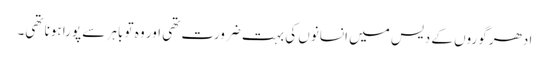
ادھر گوروں کے دیس میں انسانوں کی بہت ضرورت تھی اور وہ تو باہر سے پورا ہونا تھی۔